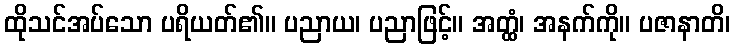
ထိုသင်အပ်သော ပရိယတ်၏။ ပညာယ၊ ပညာဖြင့်။ အတ္ထံ၊ အနက်ကို။ ပဇာနာတိ၊